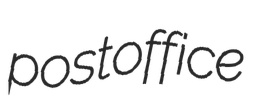
postoffice